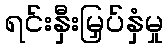
ရင်းနှီးမြှပ်နှံမှု